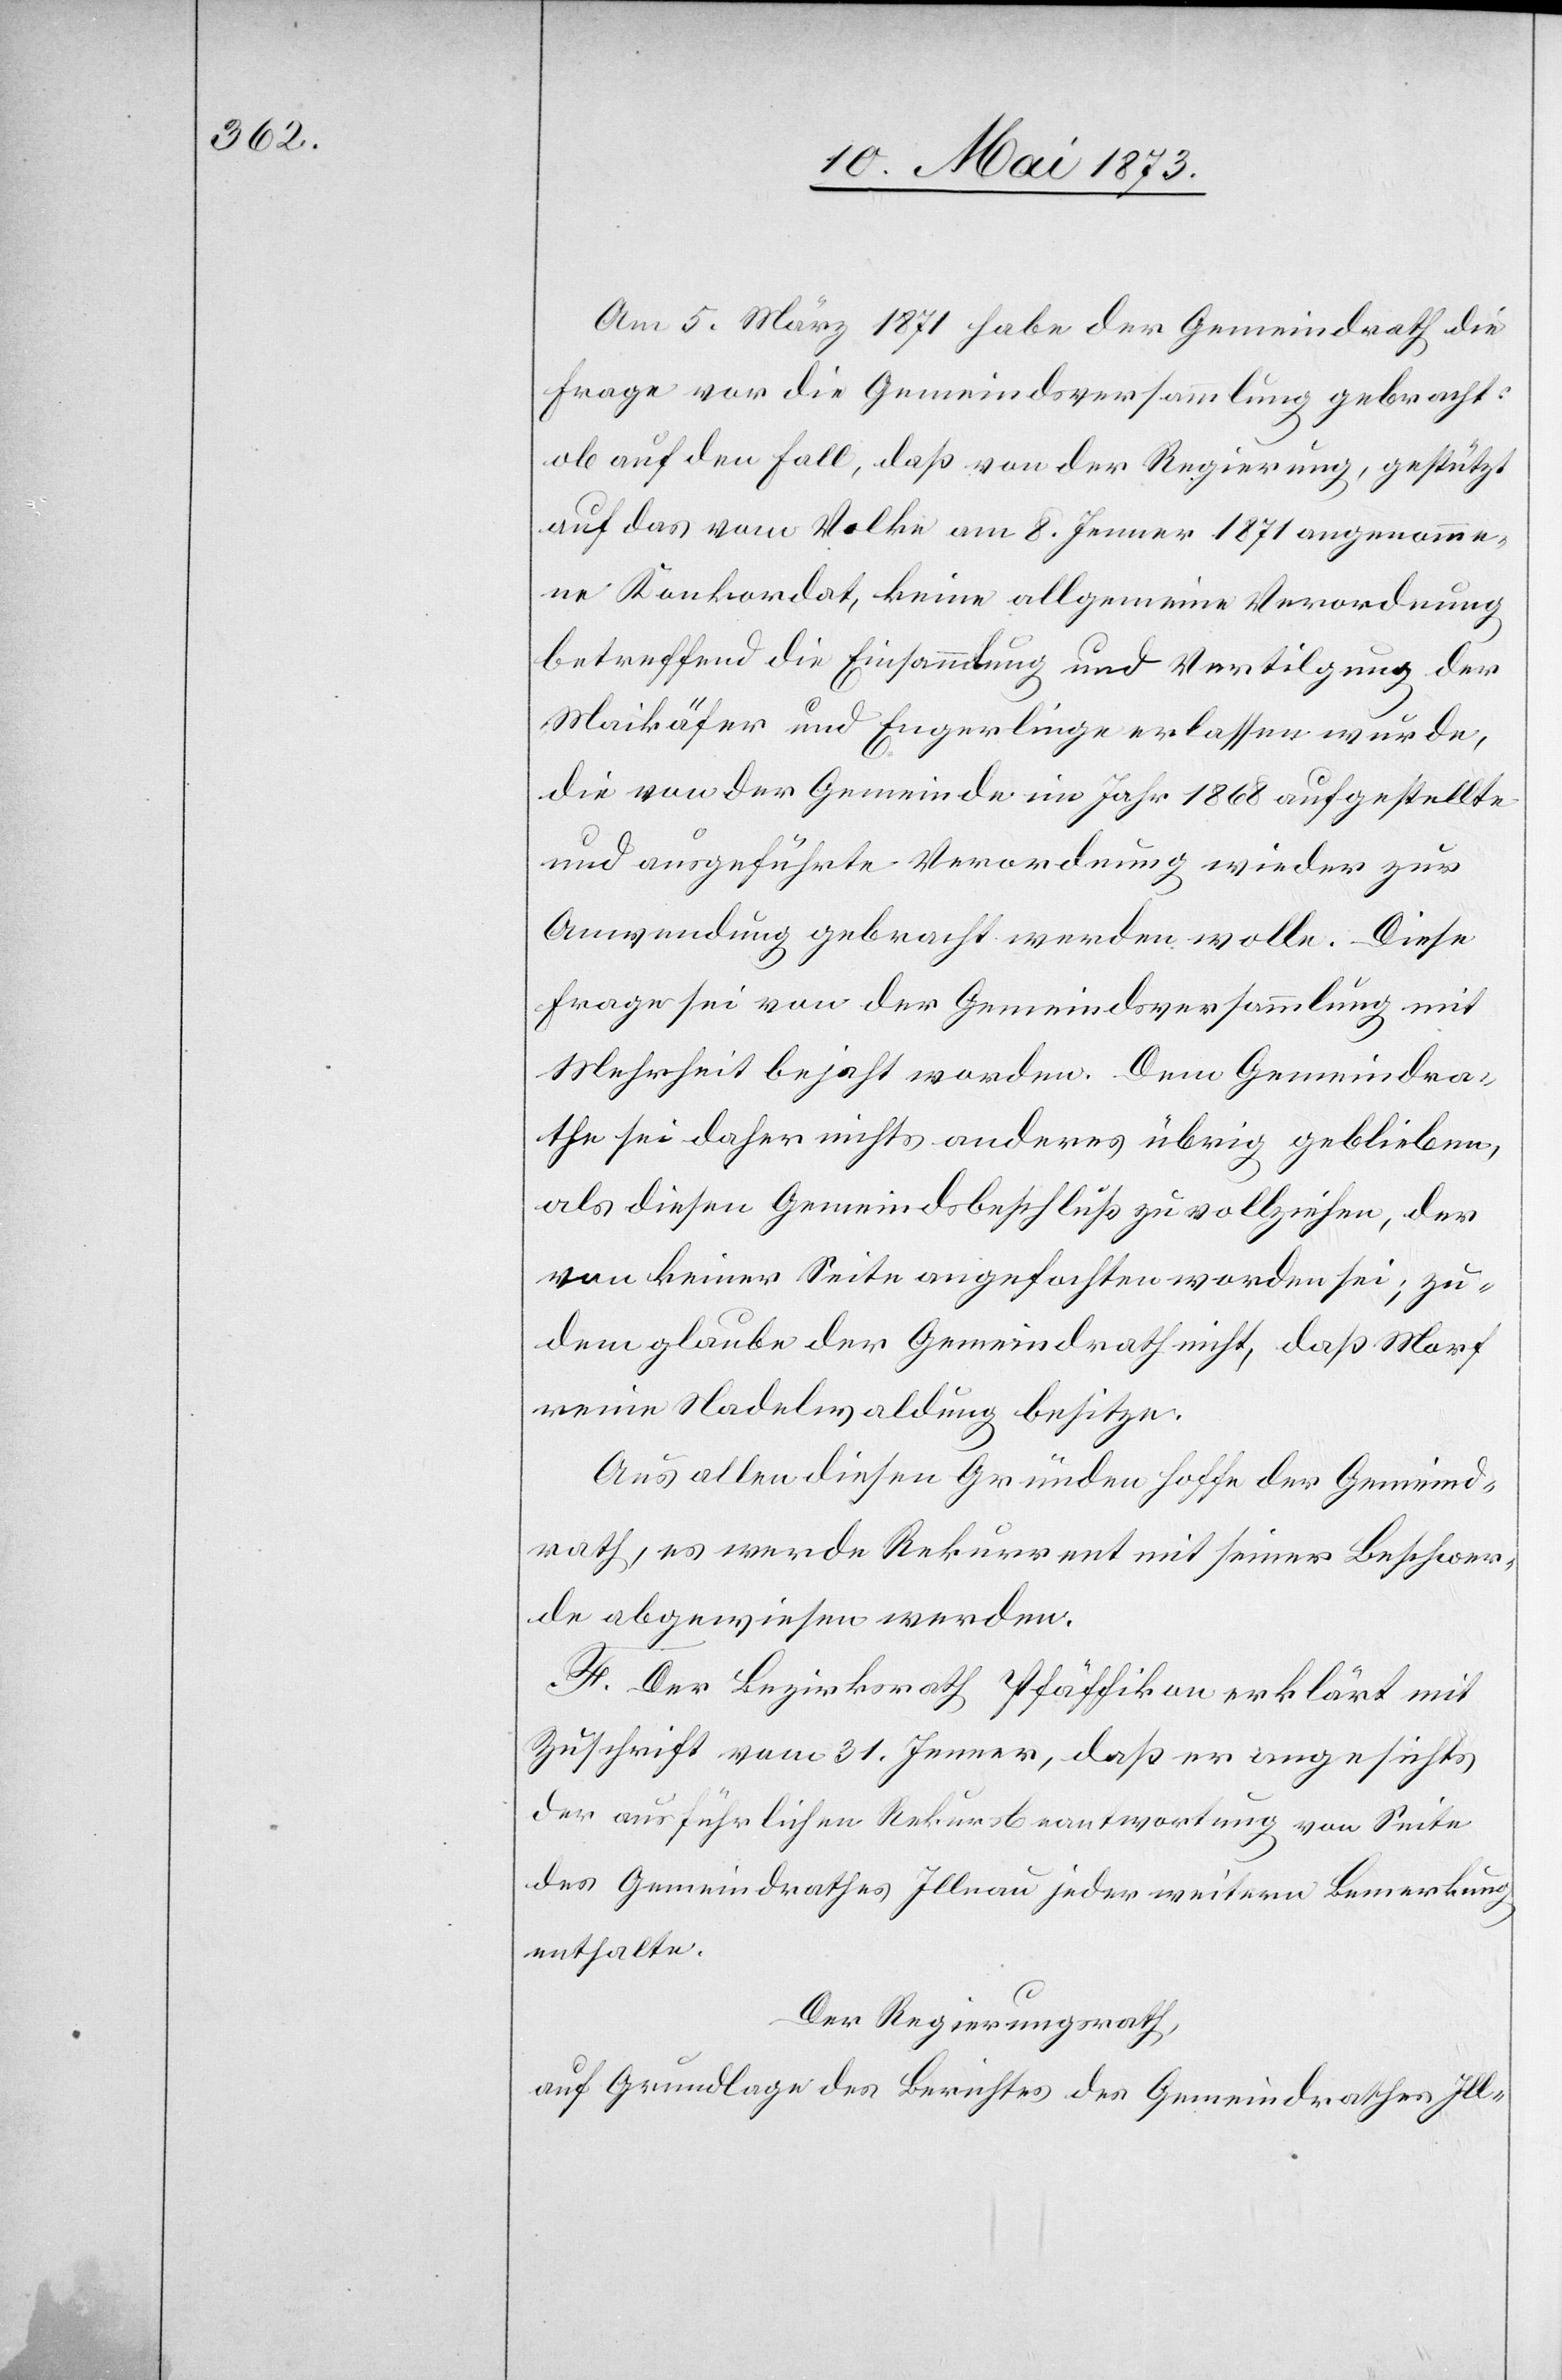
Am 5. März 1871 habe der Gemeindrath die
Frage vor die Gemeindsversammlung gebracht:
ob auf den Fall, daß von der Regierung, gestützt
auf das vom Volke am 8. Jenner 1871 angenomme¬
ne Konkordat, keine allgemeine Verordnung
betreffend die Einsammlung und Vertilgung der
Maikäfer und Engerlinge erlassen wurde,
die von der Gemeinde im Jahr 1868 aufgestellte
und ausgeführte Verordnung wieder zur
Anwendung gebracht werden wolle. Diese
Frage sei von der Gemeindsversammlung mit
Mehrheit bejaht worden. Dem Gemeindra¬
the sei daher nichts anderes übrig geblieben,
als diesen Gemeindsbeschluß zu vollziehen, der
von keiner Seite angefochten worden sei; zu¬
dem glaube der Gemeindrath nicht, daß Morf
reine Nadelwaldung besitze.
Aus allen diesen Gründen hoffe der Gemeind¬
rath, es werde Rekurrent mit seiner Beschwer¬
de abgewiesen werden.
F. Der Bezirksrath Pfäffikon erklärt mit
Zuschrift vom 31. Jenner, daß er angesichts
der ausführlichen Rekursbeantwortung von Seite
des Gemeindrathes Illnau jeder weitern Bemerkung
enthalte.
Der Regierungsrath,
auf Grundlage des Berichtes des Gemeindrathes Ill-